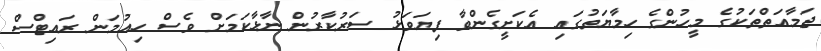
ޖަމާއަތްތަކުގެ މީހުންގެ ހިމާޔަތުގައި އެކަށީގެންވާ ފިޔަވަޅު ސަރުކާރުން ނާޅާކަމަށް ވެސް ހިއުމަން ރައިޓްސް